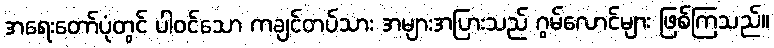
အရေးတော်ပုံတွင် ပါဝင်သော ကချင်တပ်သား အများအပြားသည် ဂွမ်လောင်များ ဖြစ်ကြသည်။